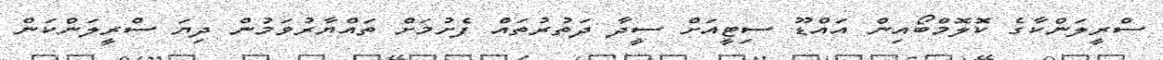
ސްރީލަންކާގެ ކޮލޮމްބޯއިން އައްޑޫ ސިޓީއަށް ސީދާ ދަތުރުތައް ފެށުމަށް ތައްޔާރުވަމުން ދިޔަ ސްރީލަންކަން